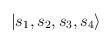
LaTeX: \begin{align*}|{s_1 , s_2 , s_3 , s_4}\rangle\end{align*}